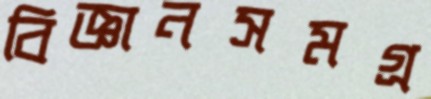
বিজ্ঞানসমগ্র